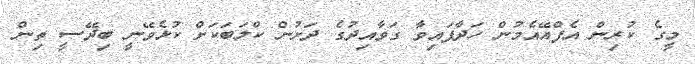
މީގެ ކުރިން އެފްއޭއެމުން ހަދާފައިވާ ގަވާއިދުގެ ދަށުން ކްލަބަކަށް ކުޅެވޭނީ ބިދޭސީ ތިން